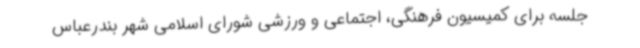
جلسه برای کمیسیون فرهنگی، اجتماعی و ورزشی شورای اسلامی شهر بندرعباس